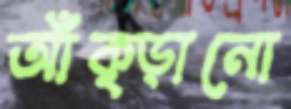
আঁক্‌ড়ানো